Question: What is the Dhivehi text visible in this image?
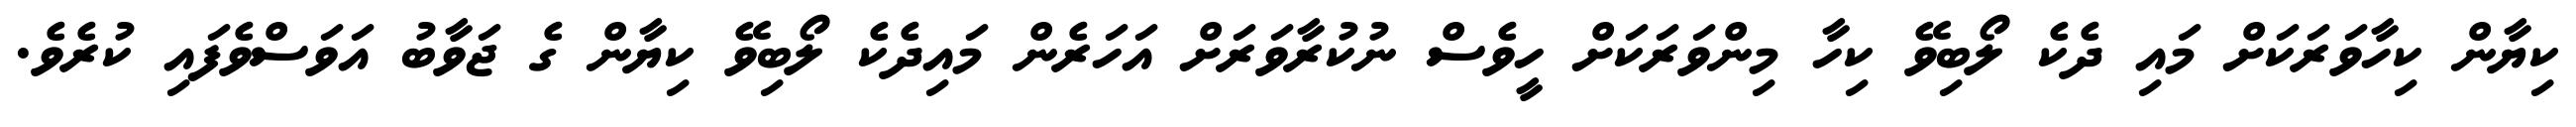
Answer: ކިޔާން ކިހާވަރަކަށް މައި ދެކެ ލޯބިވޭ ކިހާ މިންވަރަކަށް ހީވެސް ނުކުރާވަރަށް އަހަރެން މައިދެކެ ލޯބިވޭ ކިޔާން ގެ ޖަވާބު އަވަސްވެފައި ކުރެވެ.